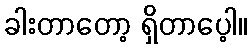
ခါးတာတော့ ရှိတာပေ့ါ။